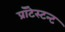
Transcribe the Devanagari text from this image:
प्रॉटेस्टन्ट